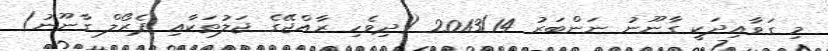
މި ގަވާއިދަކީ ގާނޫނު ނަންބަރު 2013/14 (ދިވެހި ރާއްޖޭގެ ޖަލުތަކާއި ޕެރޯލް ގާނޫނު)